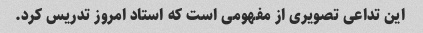
این تداعی تصویری از مفهومی است که استاد امروز تدریس کرد.